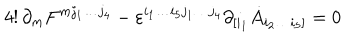
LaTeX: 4 ! \, \partial _ { m } F ^ { m j _ { 1 } \dots j _ { 4 } } - \varepsilon ^ { i _ { 1 } \dots i _ { 5 } j _ { 1 } \dots j _ { 4 } } \partial _ { [ i _ { 1 } } \dot { A } _ { i _ { 2 } \dots i _ { 5 } ] } = 0